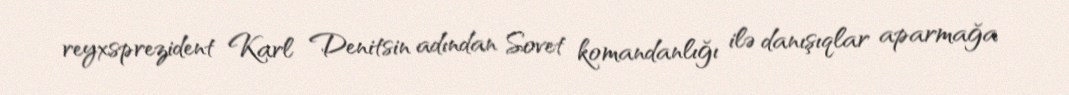
reyxsprezident Karl Denitsin adından Sovet komandanlığı ilə danışıqlar aparmağa